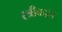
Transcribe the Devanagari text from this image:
स्त्रीबद्दल